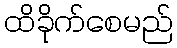
ထိခိုက်စေမည်